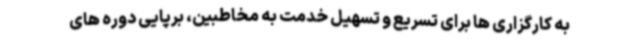
به کارگزاری ها برای تسریع و تسهیل خدمت به مخاطبین، برپایی دوره های